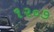
૧૨૦૭